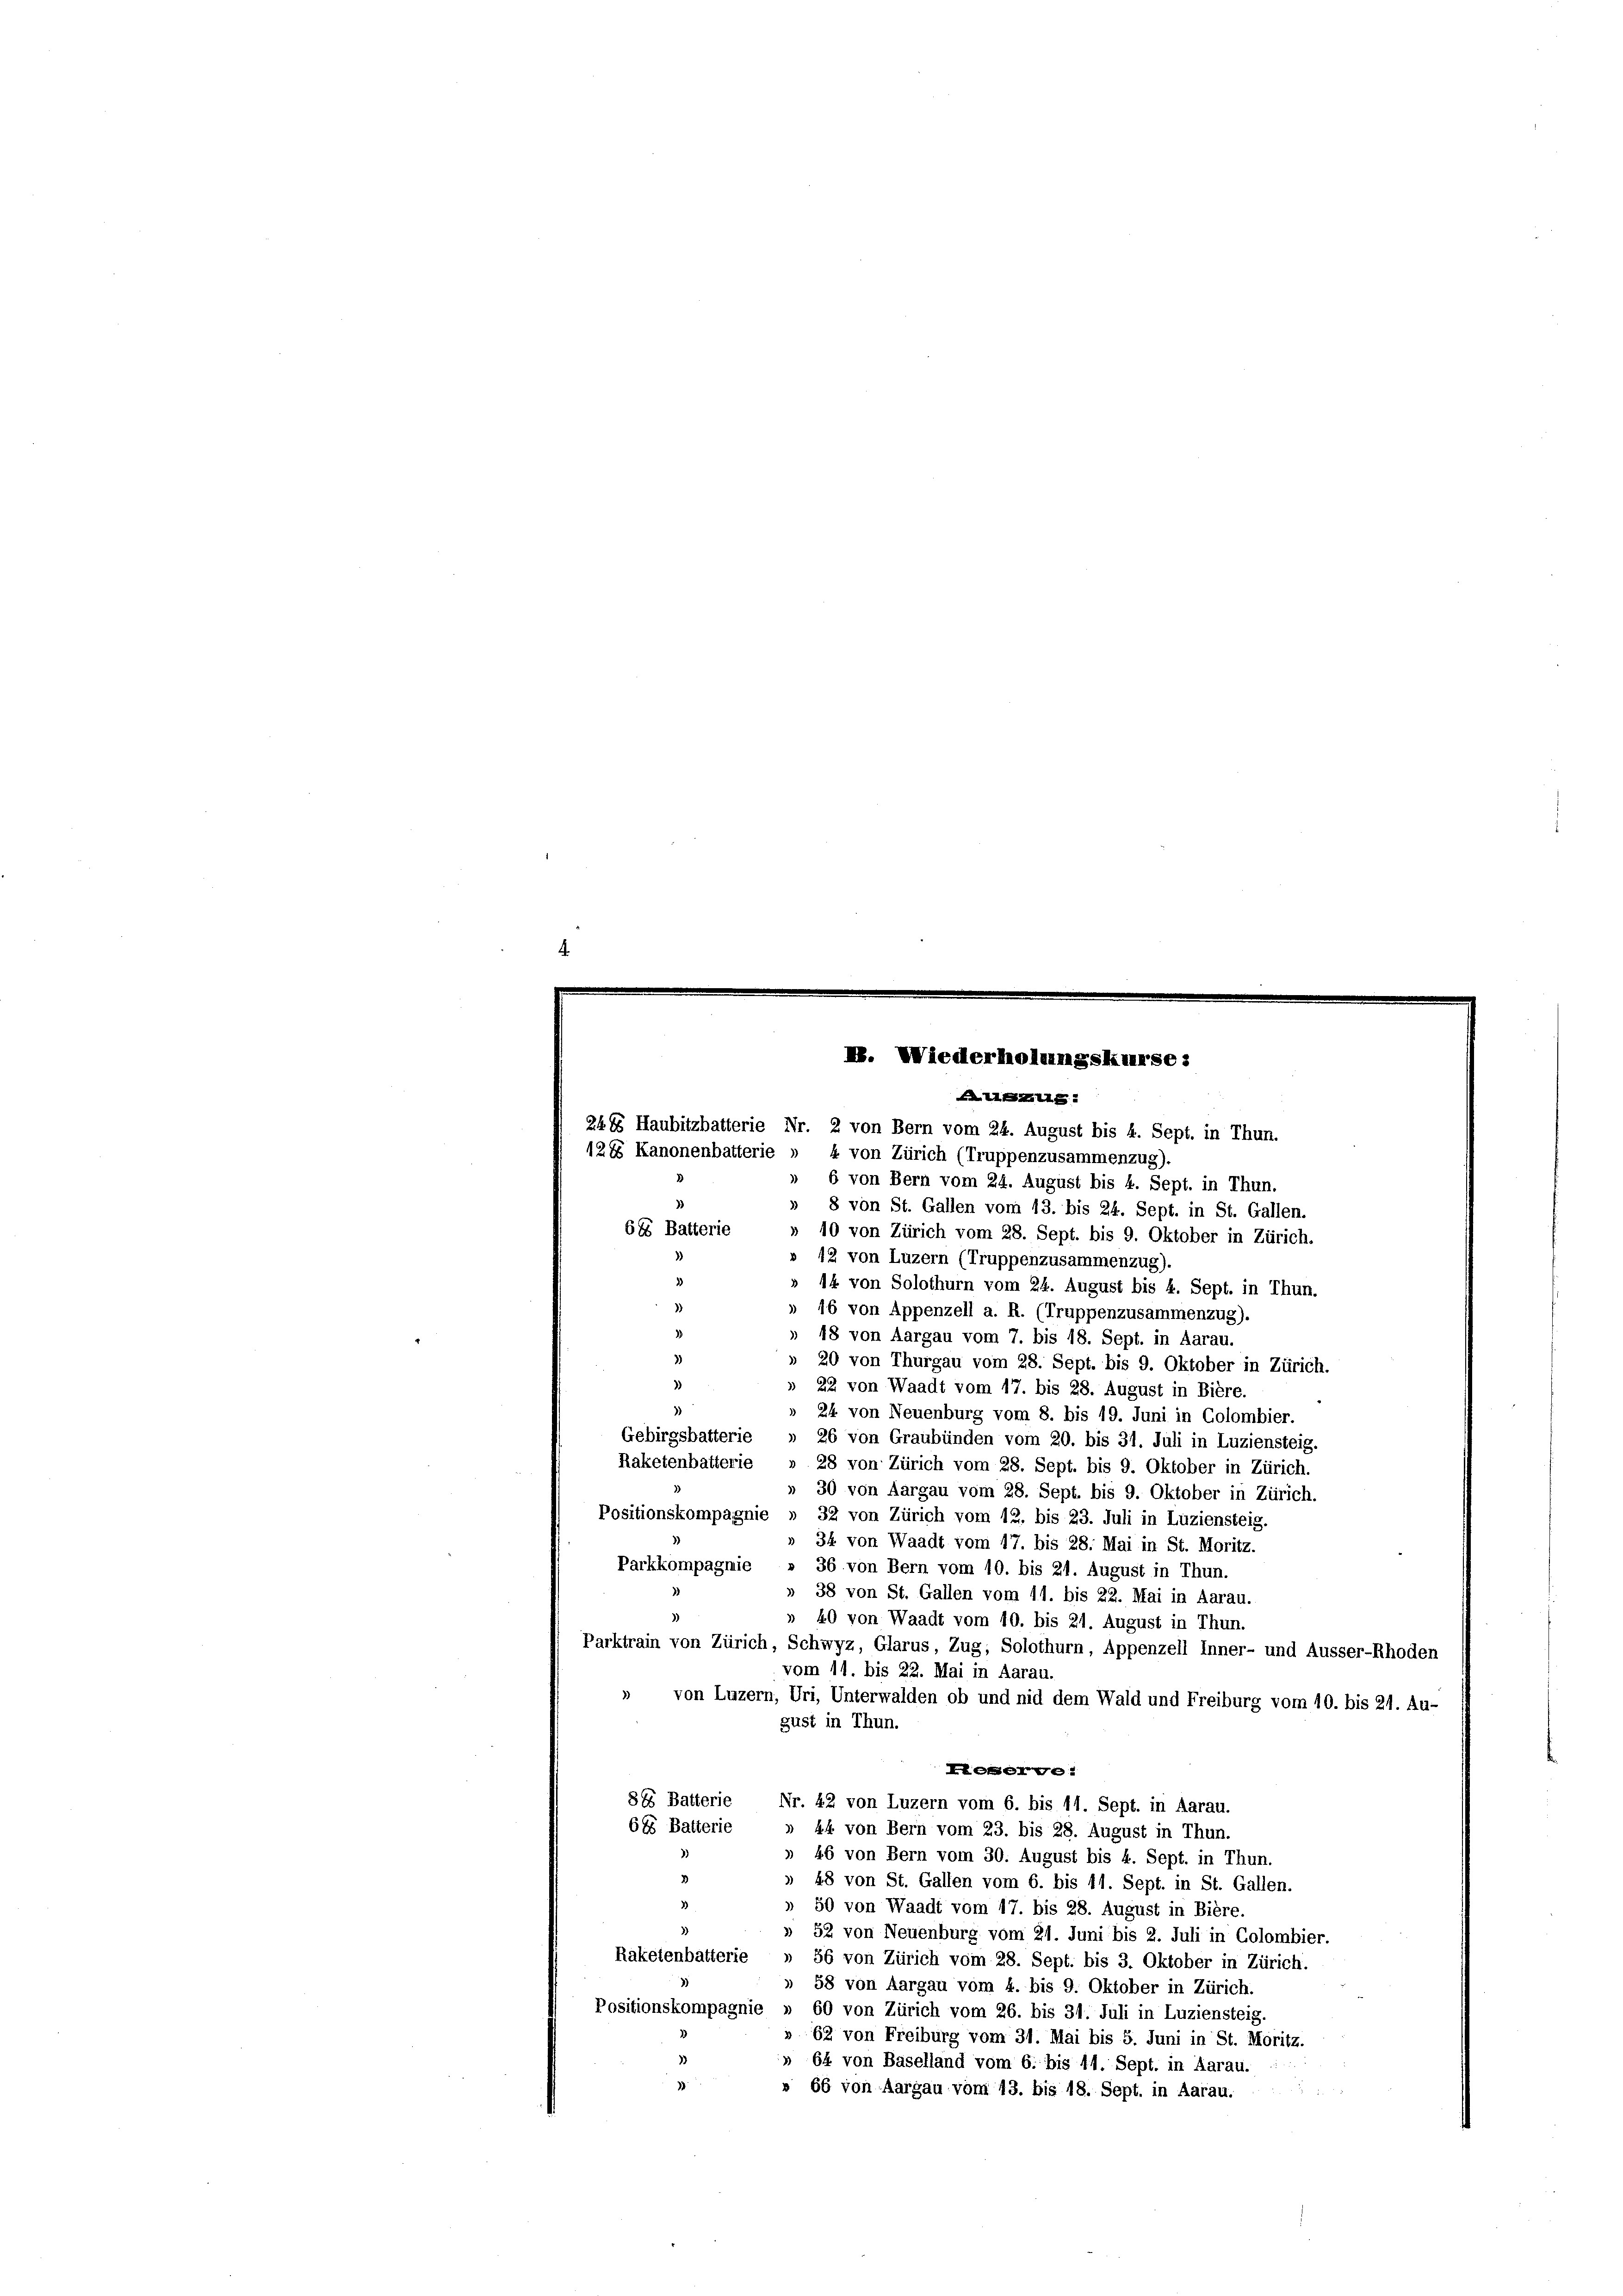
I. Wiederholzungskurse:
ug

2488 Haubitzbatterie Nr. 2 von Bern vom 24. August bis 4. Sept. in Thun.
1288 Kanonenbatterie » 4 von Zürich (Truppenzusammenzug).
» 6 von Bern vom 24. August bis k. Sept. in Thun.
» 8 von St. Gallen vom 13. bis 24. Sept. in St. Gallen.
685 Batterie
» 10 von Zürich vom 28. Sept. bis 9. Oktober in Zürich.
12 von Luzern (Truppenzusammenzug).
3
» 14 von Solothurn vom 24. August bis 4. Sept. in Thun.
)
» 16 von Appenzell a. R. (Truppenzusammenzug).
» 18 von Aargau vom 7. bis 18. Sept. in Aarau.
» 20 von Thurgau vom 28. Sept. bis 9. Oktober in Zürich.
» 22 von Waadt vom 17. bis 28. August in Bière.
3)
» 24 von Neuenburg vom 8. bis 19. Juni in Colombier.
Gebirgsbatterie » 26 von Graubünden vom 20. bis 31. Juli in Luziensteig.
Raketenbatterie » 28 von Zürich vom 28. Sept. bis 9. Oktober in Zürich.
» 30 von Aargau vom 28. Sept. bis 9. Oktober in Zürich.
Positionskompagnie » 32 von Zürich vom 12. bis 23. Juli in Luziensteig.
» 34 von Waadt vom 17. bis 28. Mai in St. Moritz.
Parkkompagnie » 36 von Bern vom 10. bis 21. August in Thun.
» 38 von St. Gallen vom 11. bis 22. Mai in Aarau.
3)
» 40 von Waadt vom 10. bis 21. August in Thun.
Parktrain von Zürich, Schwyz, Glarus, Zug, Solothurn, Appenzell Inner- und Ausser-Rhoden
vom 11. bis 22. Mai in Aarau.
» von Luzern, Uri, Unterwalden ob und nid dem Wald und Freiburg vom 10. bis 21. Au-
gust in Thun.
Leere
885 Batterie Nr. 42 von Luzern vom 6. bis 14. Sept. in Aarau.
685 Batterie » 44 von Bern vom 23. bis 28. August in Thun.
» 46 von Bern vom 30. August bis 4. Sept. in Thun.
2
» 48 von St. Gallen vom 6. bis 11. Sept. in St. Gallen.
3
» 50 von Waadt vom 17. bis 28. August in Bière.
» 52 von Neuenburg vom 21. Juni bis 2. Juli in Colombier.
Raketenbatterie » 56 von Zürich vom 28. Sept. bis 3. Oktober in Zürich.
» 58 von Aargau vom 4. bis 9. Oktober in Zürich.
Positionskompagnie » 60 von Zürich vom 26. bis 31. Juli in Luziensteig.
» 62 von Freiburg vom 31. Mai bis 5. Juni in St. Moritz.
» 64 von Baselland vom 6. bis 11. Sept. in Aarau.
» 66 von Aargau vom 13. bis 18. Sept. in Aarau.